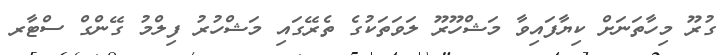
ގުރޫ މިހާތަނަށް ކިޔާފައިވާ މަޝްހޫރޫ ލަވަތަކުގެ ތެރޭގައި މަޝްހުރު ފިލްމު ގޭންގް ސްޓާރ